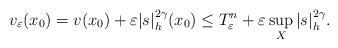
LaTeX: \begin{align*}v_\varepsilon(x_0) = v(x_0) + \varepsilon |s|_h^{2\gamma }(x_0) \le T_\varepsilon^{n} + \varepsilon \sup_X |s|_h^{2\gamma }.\end{align*}